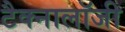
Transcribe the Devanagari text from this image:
टैक्नालॉजी